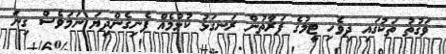
ވަގުތު ތަކުގައި ދިވެހި ޓީމުގެ ފަރާތުން ރަނގަޅު ކުޅުމެއް ފެނިގެންދިޔަ ނަމަވެސް ގިނަ